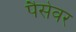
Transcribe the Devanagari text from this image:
पैसेवर